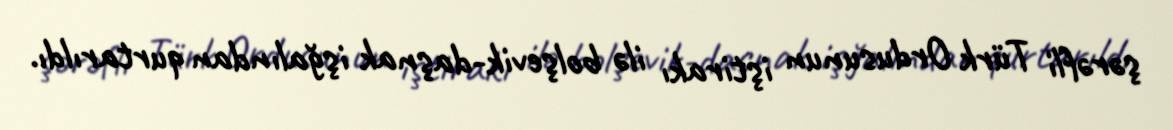
şərəfli Türk Ordusunun iştirakı ilə bolşevik-daşnak işğalından qurtarıldı.